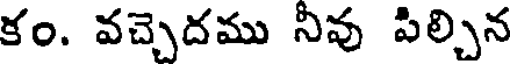
కం. వచ్చెదము నీవు పిల్చిన